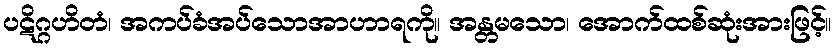
ပဋိဂ္ဂဟိတံ၊ အကပ်ခံအပ်သောအာဟာရကို။ အန္တမသော၊ အောက်ထစ်ဆုံးအားဖြင့်။